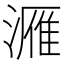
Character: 𮳔